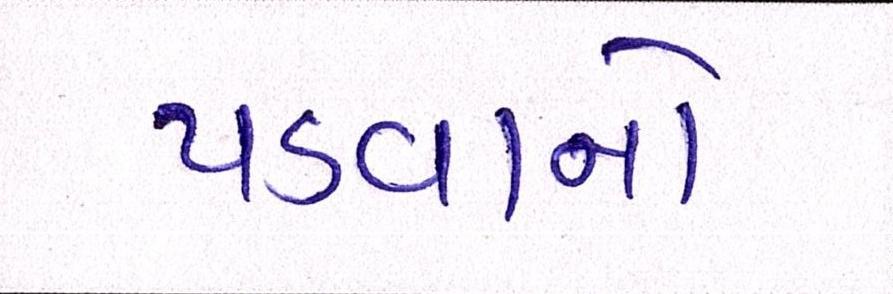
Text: પડવાનો